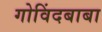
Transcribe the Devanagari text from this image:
गोविंदबाबा